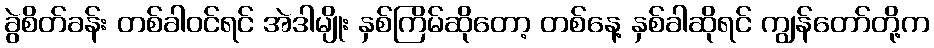
ခွဲစိတ်ခန်း တစ်ခါဝင်ရင် အဲဒါမျိုး နှစ်ကြိမ်ဆိုတော့ တစ်နေ့ နှစ်ခါဆိုရင် ကျွန်တော်တို့က